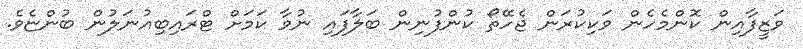
ވަޒީފާއިން ކޮންމެހެން ވަކިކުރަން ޖެހޭތޯ ކުންފުނިން ބަލާފައި ނުވާ ކަމަށް ޓްރައިބިއުނަލުން ބުންޏެވެ.